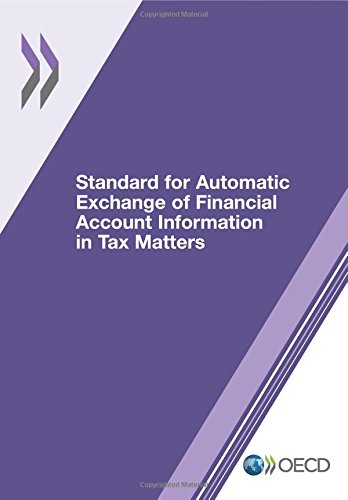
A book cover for Standard for Automatic Exchange of Financial Account Information in Tax Matters; Oecd Organisation For Economic Co-Operation And Development; Law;